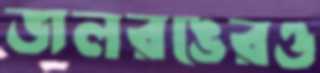
জলরঙেরও